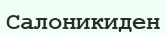
Салоникиден